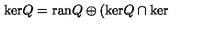
\mathrm { k e r } Q = \mathrm { r a n } Q \oplus ( \mathrm { k e r } Q \cap \mathrm { k e r }